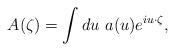
LaTeX: \begin{align*}A(\zeta)=\int du~a(u)e^{iu \cdot \zeta},\end{align*}